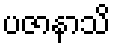
ပဇာနာသိ